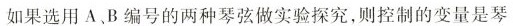
如果选用A、B编号的两种琴弦做实验探究，则控制的变量是琴